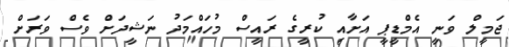
ޖަމީލް ވަނީ އެމްޑީޕީ އަށާއި ކުރީގެ ރައީސް މުހައްމަދު ނަޝީދަށް ވެސް ވަރަށް